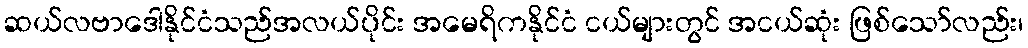
ဆယ်လဗာဒေါနိုင်ငံသည်အလယ်ပိုင်း အမေရိကနိုင်ငံ ငယ်များတွင် အငယ်ဆုံး ဖြစ်သော်လည်း၊